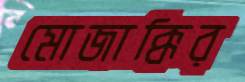
মোজাক্কির